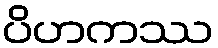
ပိဟကဿ